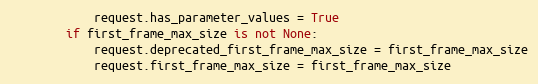
Language: Python
            request.has_parameter_values = True
        if first_frame_max_size is not None:
            request.deprecated_first_frame_max_size = first_frame_max_size
            request.first_frame_max_size = first_frame_max_size